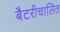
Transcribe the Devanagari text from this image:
बैटरीचालित